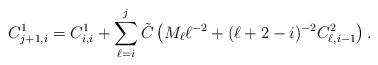
LaTeX: \begin{align*}C_{j+1,i}^{1}=C_{i,i}^{1}+\sum_{\ell=i}^{j}\tilde{C}\left(M_{\ell}\ell^{-2}+(\ell+2-i)^{-2}C_{\ell,i-1}^{2}\right).\end{align*}